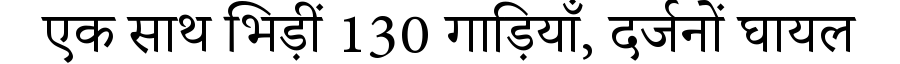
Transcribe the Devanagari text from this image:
एक साथ भिड़ीं 130 गाड़ियाँ, दर्जनों घायल